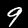
Digit: 9